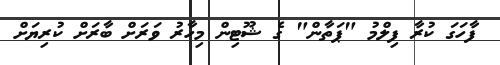
ފާހަގަ ކުރާ ފިލްމު "ޕަތާން" ގެ ޝޫޓިން މިހާރު ވަރަށް ބާރަށް ކުރިޔަށް